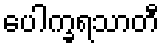
ပေါက္ခရသာတီ